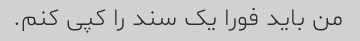
من باید فورا یک سند را کپی کنم.